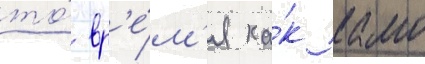
то́ вр'е́м'я ка́к камо